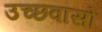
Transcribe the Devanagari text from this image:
उच्छवासों